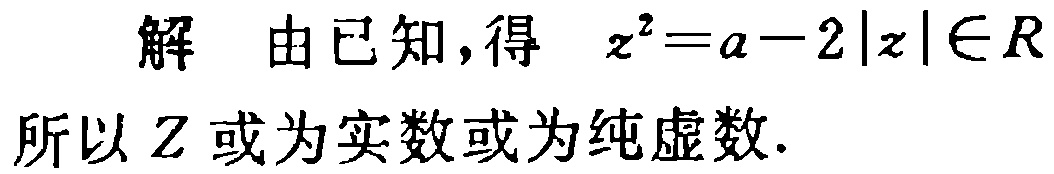
解 由已知，得 \(z^{2}=a - 2|z|\in R\)

所以 \(Z\) 或为实数或为纯虚数.